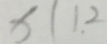
x \vert 1 . 2